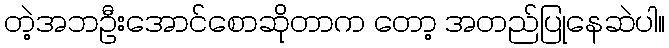
တဲ့အဘဦးအောင်စောဆိုတာက တော့ အတည်ပြုနေဆဲပါ။